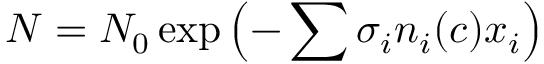
N = N _ { 0 } \exp \left( - \sum \sigma _ { i } n _ { i } ( c ) x _ { i } \right)